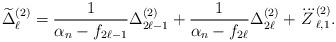
LaTeX: \begin{align*} \widetilde{\Delta}_{\ell}^{(2)}=\frac{1}{\alpha_n-f_{2\ell-1}}\Delta_{2\ell-1}^{(2)}+\frac{1}{\alpha_n-f_{2\ell}}\Delta_{2\ell}^{(2)}+\dddot{Z}_{\ell,1}^{(2)}.\end{align*}